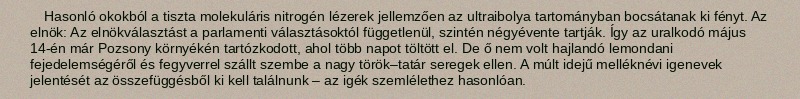
Hasonló okokból a tiszta molekuláris nitrogén lézerek jellemzően az ultraibolya tartományban bocsátanak ki fényt. Az elnök: Az elnökválasztást a parlamenti választásoktól függetlenül, szintén négyévente tartják. Így az uralkodó május 14-én már Pozsony környékén tartózkodott, ahol több napot töltött el. De ő nem volt hajlandó lemondani fejedelemségéről és fegyverrel szállt szembe a nagy török–tatár seregek ellen. A múlt idejű melléknévi igenevek jelentését az összefüggésből ki kell találnunk – az igék szemlélethez hasonlóan.